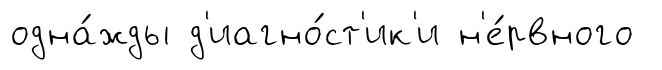
одна́жды д'иагно́ст'ик'и н'е́рвного